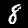
Label: 8